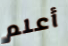
أعلم